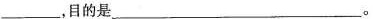
___，目的是___。